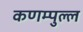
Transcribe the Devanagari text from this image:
कणम्पुल्ल